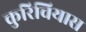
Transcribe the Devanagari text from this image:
कुरिचियास